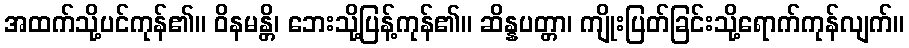
အထက်သို့ပင်ကုန်၏။ ဝိနမန္တိ၊ ဘေးသို့ပြန့်ကုန်၏။ ဆိန္နပတ္တာ၊ ကျိုးပြတ်ခြင်းသို့ရောက်ကုန်လျက်။